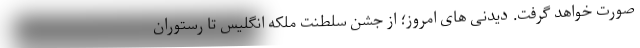
صورت خواهد گرفت. دیدنی های امروز؛ از جشن سلطنت ملکه انگلیس تا رستوران